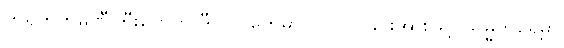
တရုတ်ကုမ္ပဏီကြီးတွေက ဒီပြိုင်ပွဲတွေမှာ ပါဝင်ပြခြင်းအားဖြင့် သမ္မတရှေ့မှာ